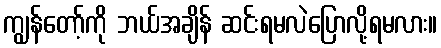
ကျွန်တော့်ကို ဘယ်အချိန် ဆင်းရမလဲပြောလို့ရမလား။